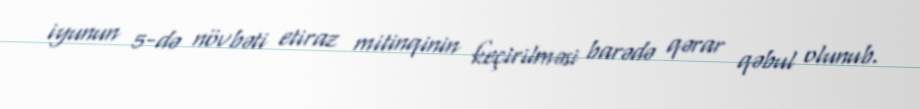
iyunun 5-də növbəti etiraz mitinqinin keçirilməsi barədə qərar qəbul olunub.